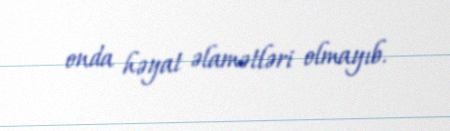
onda həyat əlamətləri olmayıb.